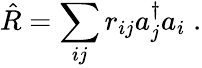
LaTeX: \hat{R}=\sum_{ij}r_{ij}a_{j}^{\dagger}a_{i}\; .